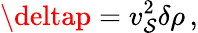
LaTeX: \deltap=v_{\mathcal{S}}^{2}\delta\rho\, ,